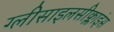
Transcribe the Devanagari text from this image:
ग्लीसाइलसीक्लाइंस